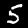
Digit: 5